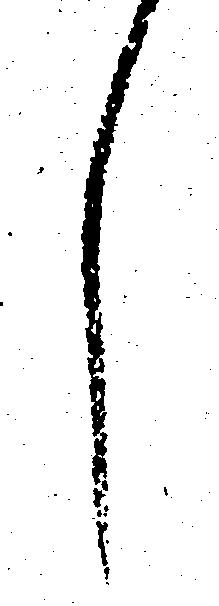
し